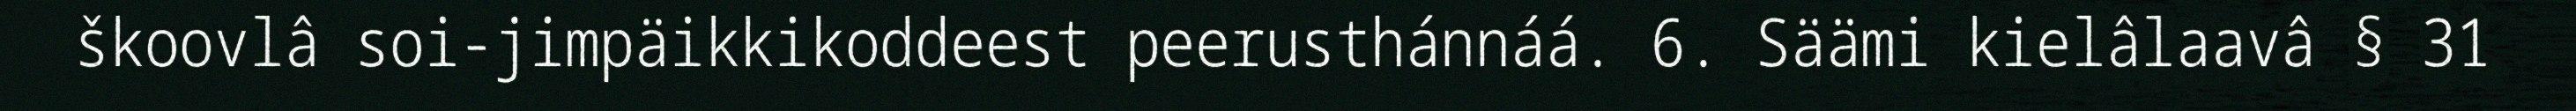
škoovlâ soi-jimpäikkikoddeest peerusthánnáá. 6. Säämi kielâlaavâ § 31